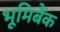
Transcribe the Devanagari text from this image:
भूमिबैंक